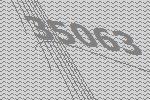
35063